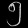
Digit: ၅